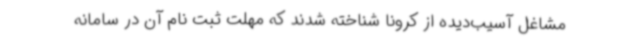
مشاغل آسیب‌دیده از کرونا شناخته شدند که مهلت ثبت نام آن در سامانه